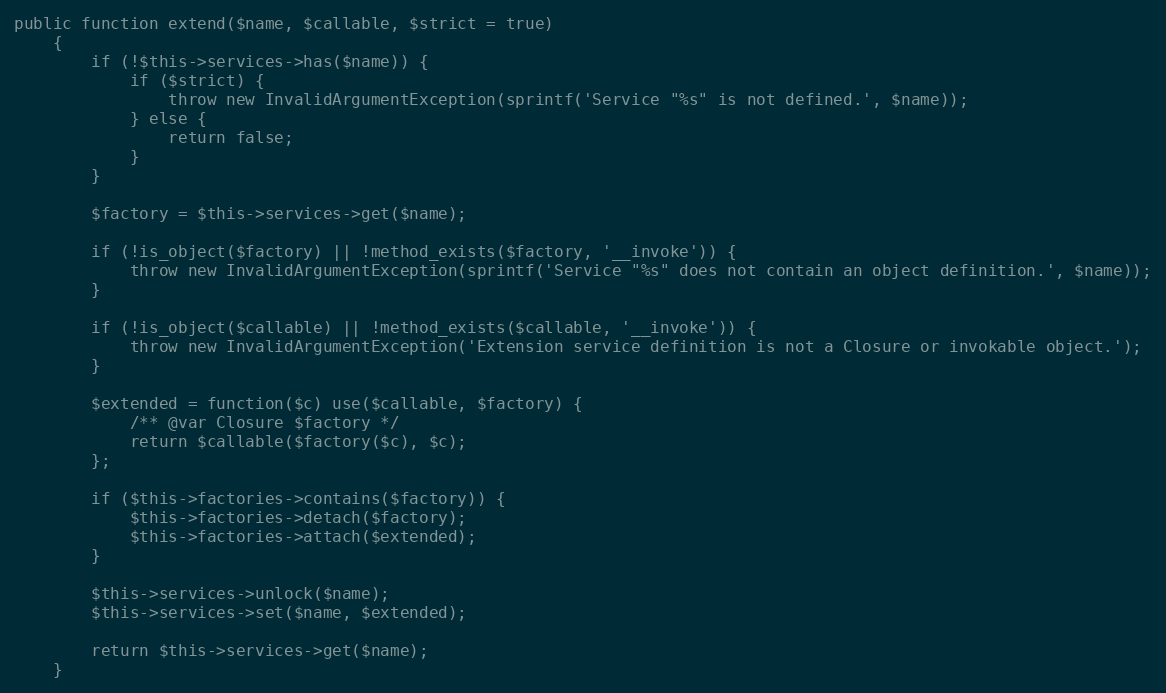
Language: PHP
public function extend($name, $callable, $strict = true)
    {
        if (!$this->services->has($name)) {
            if ($strict) {
                throw new InvalidArgumentException(sprintf('Service "%s" is not defined.', $name));
            } else {
                return false;
            }
        }

        $factory = $this->services->get($name);

        if (!is_object($factory) || !method_exists($factory, '__invoke')) {
            throw new InvalidArgumentException(sprintf('Service "%s" does not contain an object definition.', $name));
        }

        if (!is_object($callable) || !method_exists($callable, '__invoke')) {
            throw new InvalidArgumentException('Extension service definition is not a Closure or invokable object.');
        }

        $extended = function($c) use($callable, $factory) {
            /** @var Closure $factory */
            return $callable($factory($c), $c);
        };

        if ($this->factories->contains($factory)) {
            $this->factories->detach($factory);
            $this->factories->attach($extended);
        }

        $this->services->unlock($name);
        $this->services->set($name, $extended);

        return $this->services->get($name);
    }